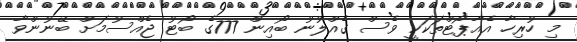
މި ހުރިހާ އެއާޕޯޓްތަކަކީ ވެސް ގެއްލުނު ބޯއިން 777ގެ ބޯޓު ޖެއްސުމަށް ބޭނުންވާ